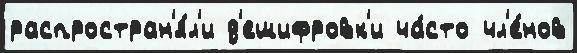
распростран'я́л'и д'ешифровк'и ча́сто чл'е́нов